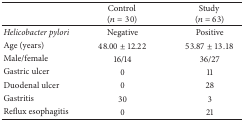
<table><thead><tr><td><b> </b></td><td><b>Control(<i>n</i> = 30)</b></td><td><b>Study(<i>n</i> = 63)</b></td></tr></thead><tbody><tr><td><i>Helicobacter pylori </i></td><td>Negative</td><td>Positive</td></tr><tr><td>Age (years)</td><td>48.00 ± 12.22</td><td>53.87 ± 13.18</td></tr><tr><td>Male/female</td><td>16/14</td><td>36/27</td></tr><tr><td>Gastric ulcer</td><td>0</td><td>11</td></tr><tr><td>Duodenal ulcer</td><td>0</td><td>28</td></tr><tr><td>Gastritis</td><td>30</td><td>3</td></tr><tr><td>Reflux esophagitis</td><td>0</td><td>21</td></tr></tbody></table>